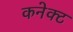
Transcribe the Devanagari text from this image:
कनेक्‍ट